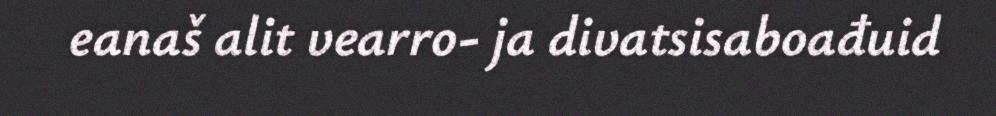
eanaš alit vearro- ja divatsisaboađuid